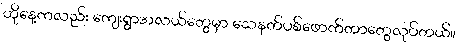
ဟိုနေ့ကလည်း ကျေးရွာအလယ်တွေမှာ သေနတ်ပစ်ဖောက်တာတွေလုပ်တယ်။